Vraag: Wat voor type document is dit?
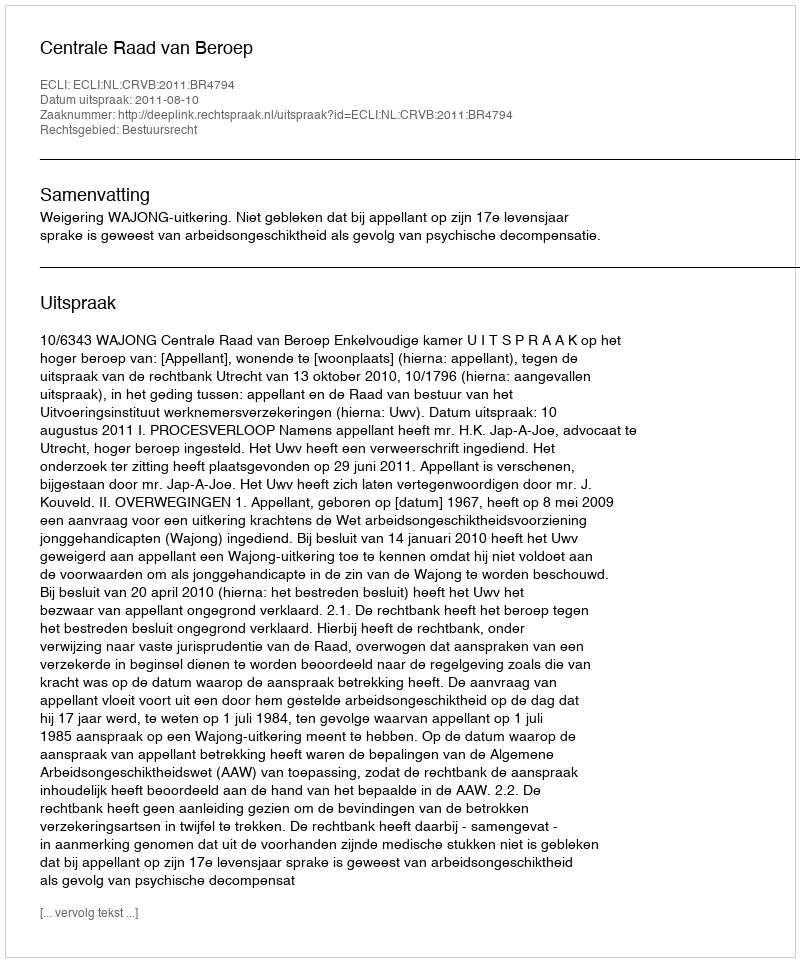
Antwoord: Uitspraak